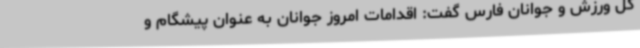
کل ورزش و جوانان فارس گفت: اقدامات امروز جوانان به عنوان پیشگام و